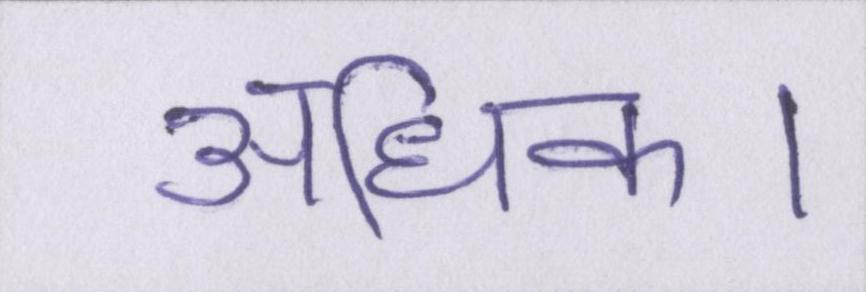
अधिक।